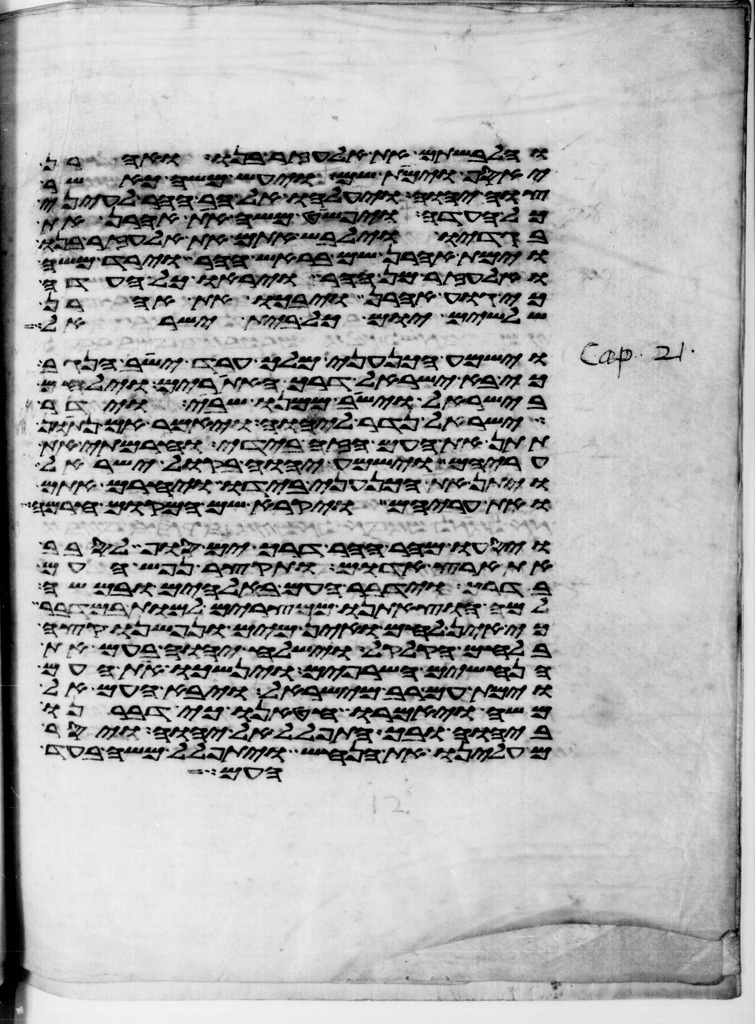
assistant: והלבשתם את אלעזר בנו ואהרן
יאסף וימת שם ויעש משה כאשר
צוה יהוה ויעלהו אל הר ההר לעיני
כל העדה ויפשט משה את אהרן את
בגדיו וילבש אתם את אלעזר בנו
וימת אהרן שם בראש ההר וירד משה
ואלעזר מן ההר ויראו כל העדה
כי גוע אהרן ויבכו את אהרן
שלשים יום כל בית ישראל
וישמע הכנעני מלך ערד ישב הנגב
כי בא ישראל דרך האתורים וילחם
בישראל וישב ממנו שבי וידר
ישראל נדר ליהוה ויאמר אם נתון
תתן את העם הזה בידי וחרמתי את
עריהם וישמע יהוה בקול ישראל
ויתן את הכנעני בידו ויחרם אתם
ואת עריהם ויקרא שם המקום חרמה
ויסעו מהר ההר דרך ים סוף לסבב
את ארץ אדום ותקצר נפש העם
בדרך וידבר העם באלהים ובמשה
למה הוצאתנו ממצרים למות במדבר
כי אין לחם ואין מים ונפשנו קצה
בלחם הקלקל וישלח יהוה בעם את
הנחשים השרופים וינשכו את העם
וימת עם רב מישראל ויבא העם אל
משה ויאמרו חטאנו כי דברנו
ביהוה ובך התפלל אל יהוה ויסר
מעלינו את הנחש ויתפלל משה בעד
העם